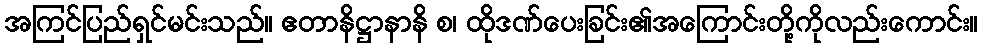
အကြင်ပြည်ရှင်မင်းသည်။ ဧတာနိဋ္ဌာနာနိ စ၊ ထိုဒဏ်ပေးခြင်း၏အကြောင်းတို့ကိုလည်းကောင်း။